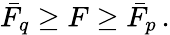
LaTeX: \begin{array}{r}{\bar{F}_{q}\geq F\geq\bar{F}_{p}\, .}\end{array}